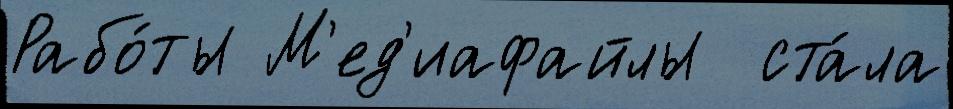
Рабо́ты М'ед'иафайлы  ста́ла